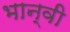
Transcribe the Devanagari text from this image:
भान्वी